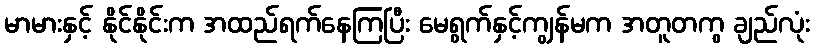
မာမားနှင့် နိုင်နိုင်းက အထည်ရက်နေကြပြီး မေရွက်နှင့်ကျွန်မက အတူတကွ ချည်လုံး